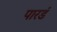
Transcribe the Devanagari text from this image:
पारडं